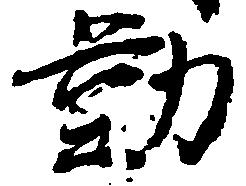
勤